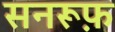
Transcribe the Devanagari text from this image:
सनरूफ़